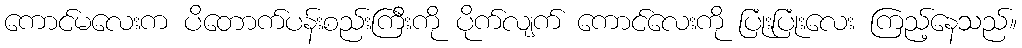
ကောင်မလေးက ပိတောက်ပန်းစည်းကြီးကို ပိုက်လျက် ကောင်လေးကို ပြုံးပြုံးလေး ကြည့်နေသည်။